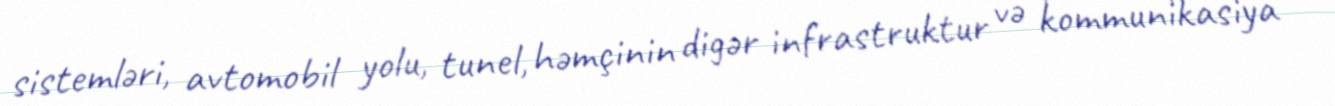
sistemləri, avtomobil yolu, tunel, həmçinin digər infrastruktur və kommunikasiya